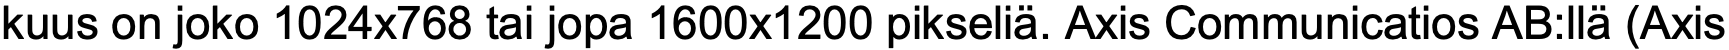
kuus on joko 1024x768 tai jopa 1600x1200 pikseliä. Axis Communicatios AB:llä (Axis